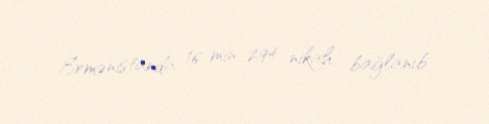
Ermənistanda 16 min 294 nikah bağlanıb.